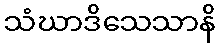
သံဃာဒိသေသာနိ